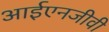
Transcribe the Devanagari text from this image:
आईएनजीवी